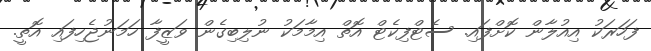
ފަހަރަކު އިއުލާން ކޮށްފައި. ސެޓްފިކެޓް އޮތް އިމާމަކު ނުލިބިގެން ވަޒީފާ ހަމަނުޖެހިފައި އޮތީ.